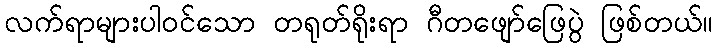
လက်ရာများပါဝင်သော တရုတ်ရိုးရာ ဂီတဖျော်ဖြေပွဲ ဖြစ်တယ်။